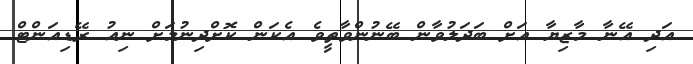
އަދި އޭނާ މާޒިޔާ އަށް ބަދަލުވާން ބޭނުންވާތީވެ އެކަން ކޮށްދިނުމަށް ނިއު ރޭޑިއަންޓް